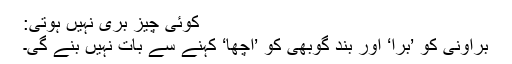
کوئی چیز بُری نہیں ہوتی:
براؤنی کو ’بُرا‘ اور بند گوبھی کو ’اچھا‘ کہنے سے بات نہیں بنے گی۔